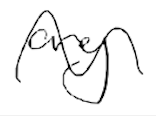
Text: any
Cross-out: wave
Writing tool: digital_black